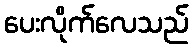
ပေးလိုက်လေသည်